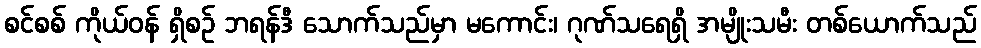
စင်စစ် ကိုယ်ဝန် ရှိစဉ် ဘရန်ဒီ သောက်သည်မှာ မကောင်း၊ ဂုဏ်သရေရှိ အမျိုးသမီး တစ်ယောက်သည်